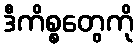
ဒီကိစ္စတွေကို